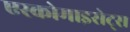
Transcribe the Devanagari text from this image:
एस्कोमाइसेट्स